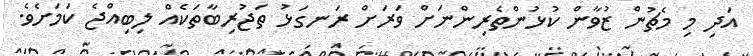
އަދި މި މެޗުން ޒުވާން ކުޅުންތެރިންނަށް ވަރަށް ރަނގަޅު ތަޖުރިބާތަކެއް ލިބިއްޖެ ކަމަށެވެ.